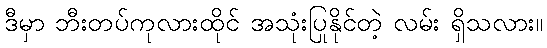
ဒီမှာ ဘီးတပ်ကုလားထိုင် အသုံးပြုနိုင်တဲ့ လမ်း ရှိသလား။